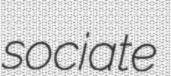
sociate